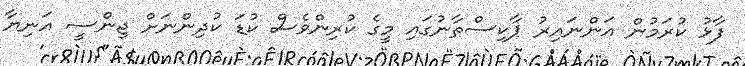
ފާޅު ކުރަމުން އަންނައިރު ޕާކިސްތާނުގައި މީގެ ކުރިންވެސް ކުޑަ ކުދިންނަށް ޖިންސީ އަނިޔާ